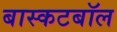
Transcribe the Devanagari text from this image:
बास्कटबॉल